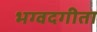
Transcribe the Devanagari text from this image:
भग्वदगीता